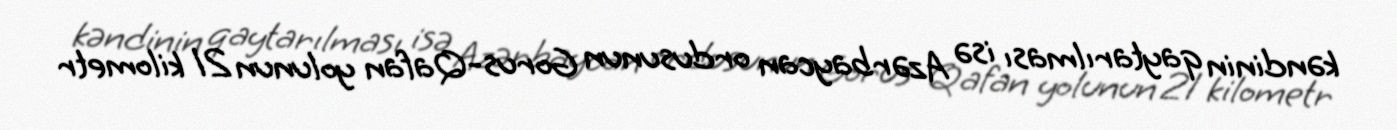
kəndinin qaytarılması isə Azərbaycan ordusunun Gorus-Qafan yolunun 21 kilometr